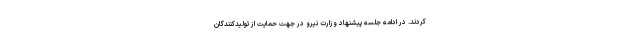
کردند. در ادامه جلسه پیشنهاد وزارت نیرو در جهت حمایت از تولیدکنندگان